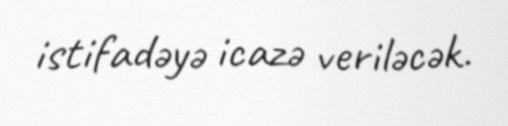
istifadəyə icazə veriləcək.